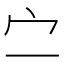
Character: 㝉